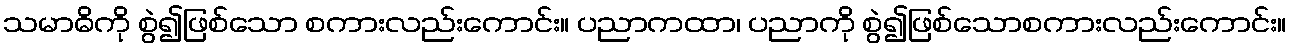
သမာဓိကို စွဲ၍ဖြစ်သော စကားလည်းကောင်း။ ပညာကထာ၊ ပညာကို စွဲ၍ဖြစ်သောစကားလည်းကောင်း။